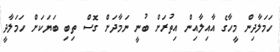
ހަމަލާދިން މީހާގެ އާއިލާއިން އިތުރަށް ބުނީ ނަމާދަށް ގޮސް ތިބި ބަޔަކަށް ހަމަލާދީ